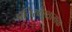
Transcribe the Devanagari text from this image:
प्रतिरक्षाशामक